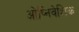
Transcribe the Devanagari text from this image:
ओप्निवेशिक